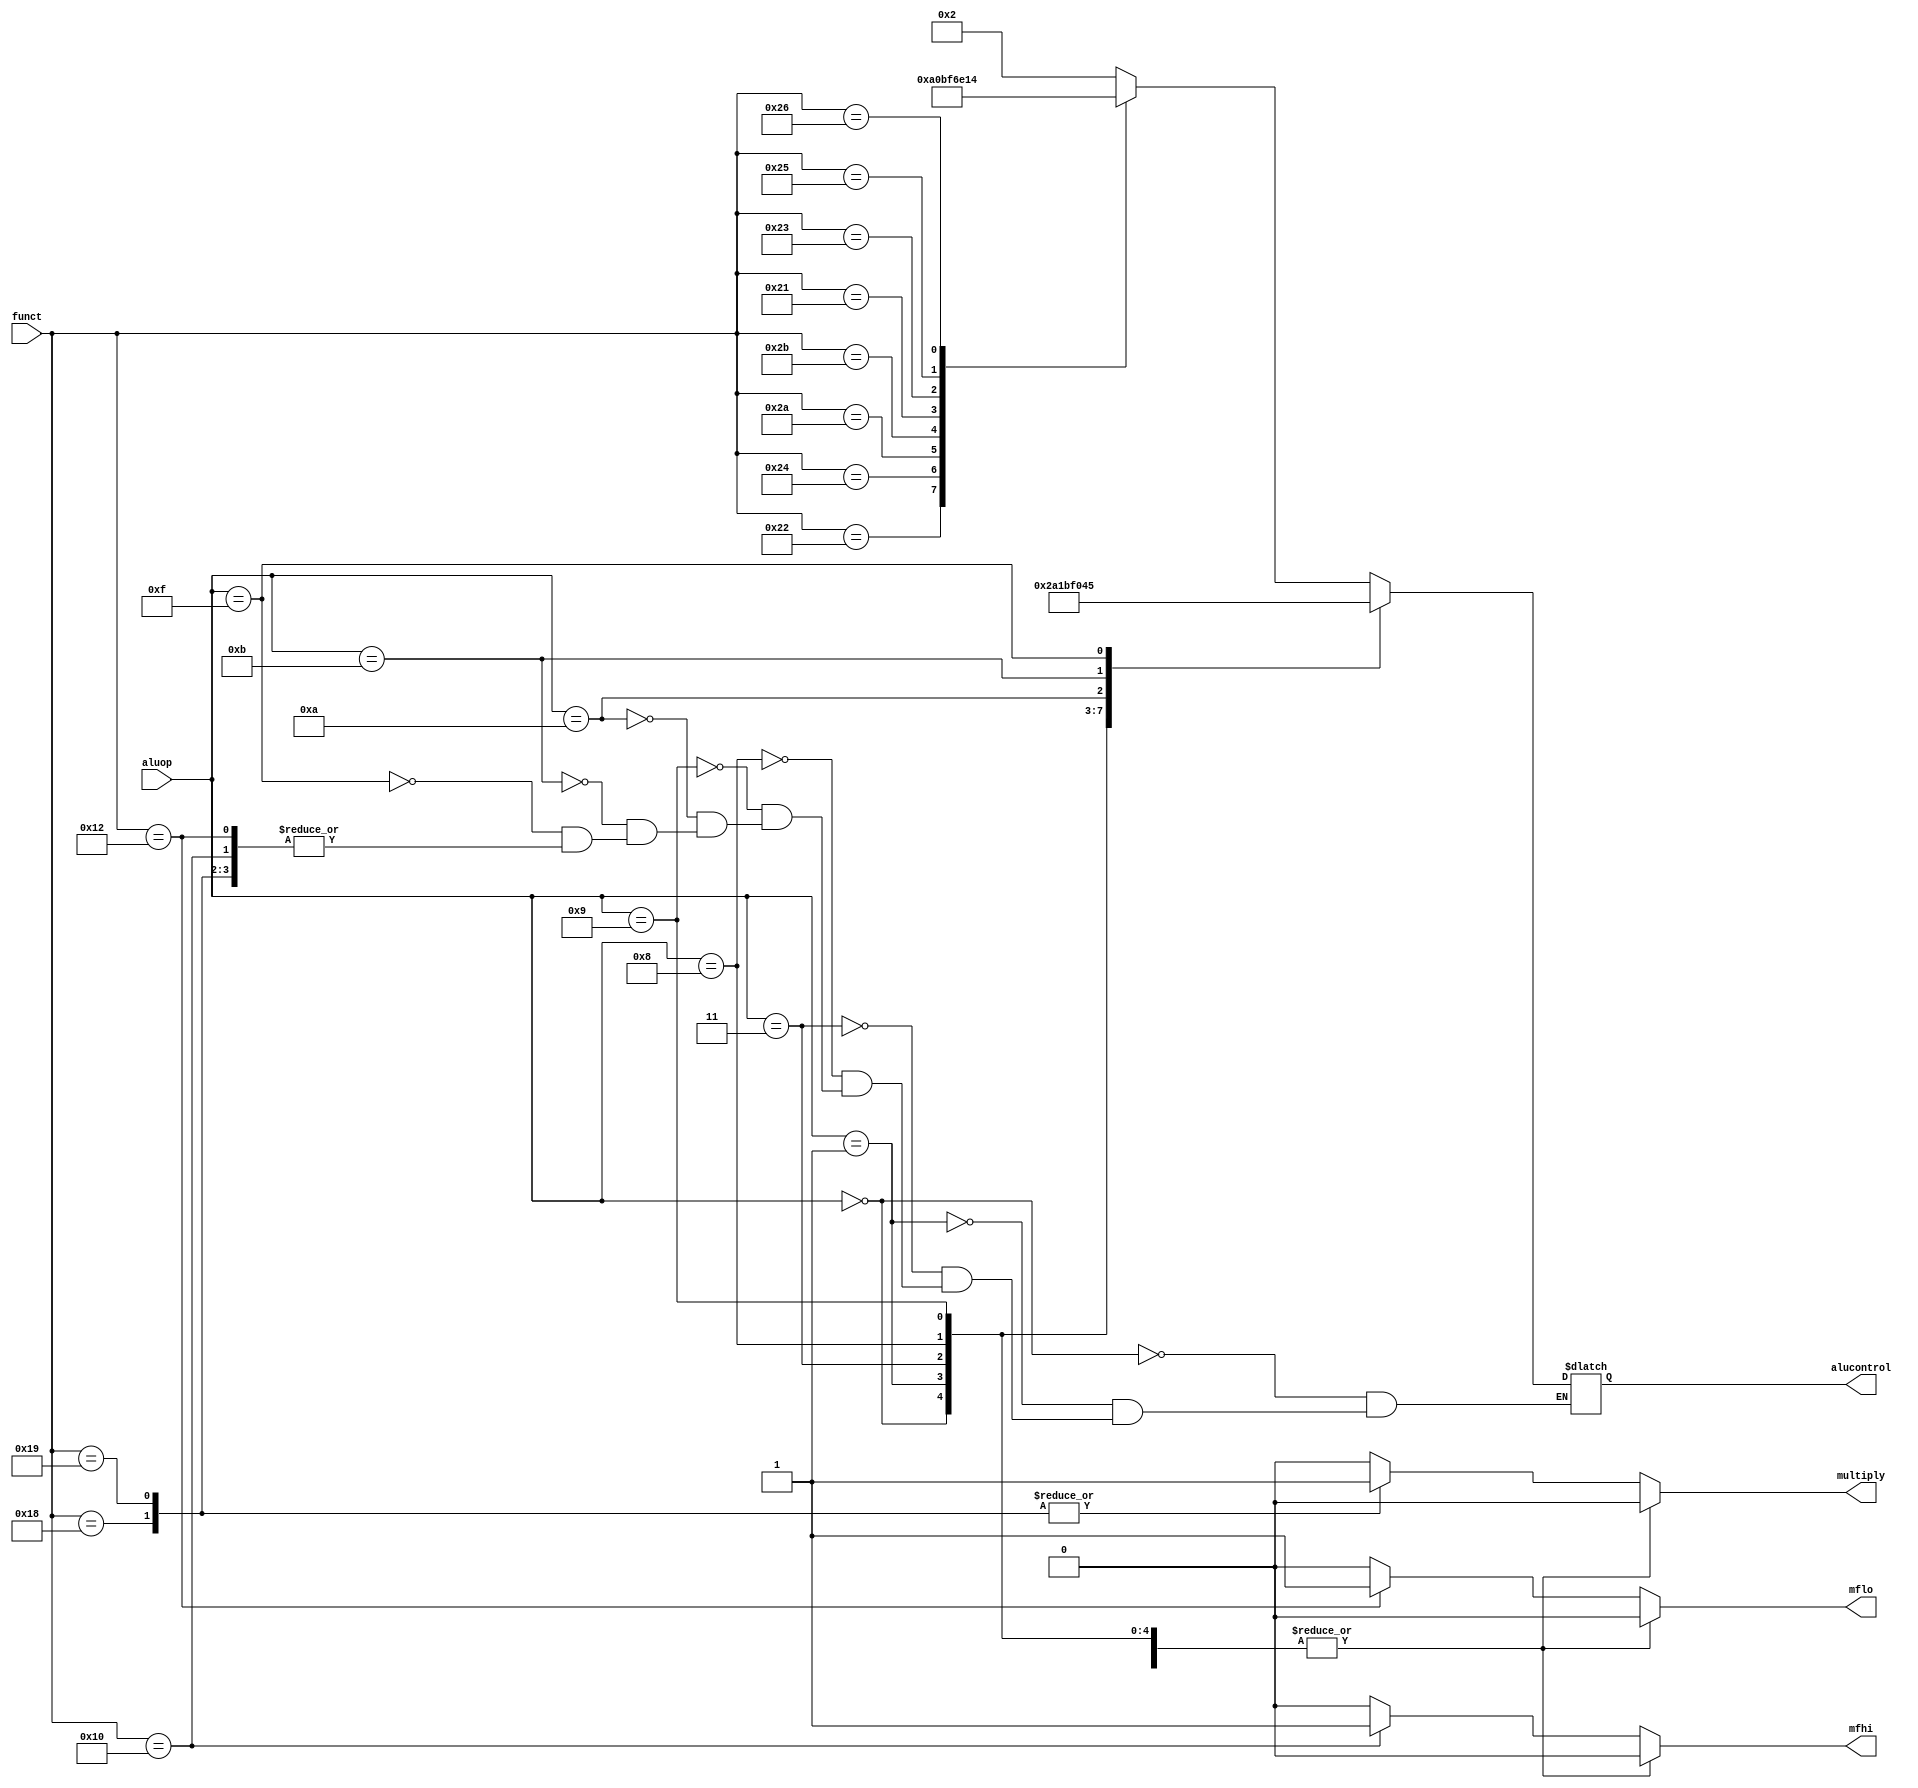
module aludec(input [5:0] funct,
              input [3:0] aluop,
              output reg [3:0] alucontrol,
              output reg multiply, mfhi, mflo);
always@(*) begin
  multiply <= 0;
  mfhi <= 0;
  mflo <= 0;
  case(aluop)
      4'b0000: alucontrol <= 4'b0010; // add (for lw/sw/addi)
      4'b0001: alucontrol <= 4'b1010; // sub (for beq)
      4'b0011: alucontrol <= 4'b0001; // ori
      4'b1000: alucontrol <= 4'b1011; // slti
      4'b1001: alucontrol <= 4'b1111; // sltiu
      4'b1010: alucontrol <= 4'b0000; // andi
      4'b1011: alucontrol <= 4'b0100; // xori
      4'b1111: alucontrol <= 4'b0101; // lui
          default: case(funct) // R-type instructions
                6'b100000: alucontrol <= 4'b0010; // add
                6'b100010: alucontrol <= 4'b1010; // sub

                6'b100100: alucontrol <= 4'b0000; // and

                6'b101010: alucontrol <= 4'b1011; // slt
                6'b101011: alucontrol <= 4'b1111; // sltu

                6'b100001: alucontrol <= 4'b0110; // addu
                6'b100011: alucontrol <= 4'b1110; // subu

                6'b100101: alucontrol <= 4'b0001; // or
                6'b100110: alucontrol <= 4'b0100; // xor
                //6'b100111: alucontrol <= 4'b0101; // xnor

                6'b011000:  multiply <= 1;
                6'b011001:  multiply <= 1; 
                6'b010000:  mfhi <= 1; 
                6'b010010:  mflo <= 1;
                default: begin  alucontrol <= 4'bxxxx; // ???
                                multiply <= 1'b0;

                        end
          endcase
  endcase
end
endmodule